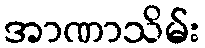
အာဏာသိမ်း